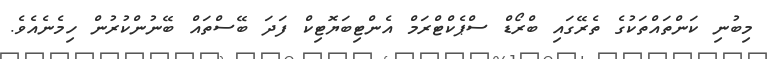
މިބުނި ކަންތައްތަކުގެ ތެރޭގައި ބްރޯޑް ސްޕެކްޓްރަމް އެންޓިބަޔޮޓިކް ފަދަ ބޭސްތައް ބޭނުންކުރުން ހިމެނެއެވެ.